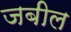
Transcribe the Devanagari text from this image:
जबील